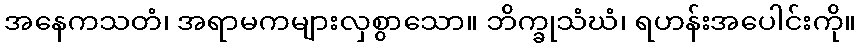
အနေကသတံ၊ အရာမကများလှစွာသော။ ဘိက္ခုသံဃံ၊ ရဟန်းအပေါင်းကို။